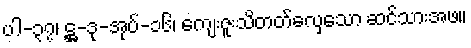
ပါ-၃၇၊ ဋ္ဌ-ဒု-အုပ်-၁၆၊ ကျေးဇူးသိတတ်လှေသော ဆင်သားအဖ။